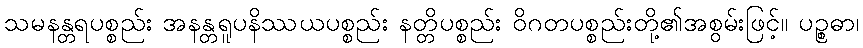
သမနန္တရပစ္စည်း အနန္တရူပနိဿယပစ္စည်း နတ္တိပစ္စည်း ဝိဂတပစ္စည်းတို့၏အစွမ်းဖြင့်။ ပဉ္စဓာ၊